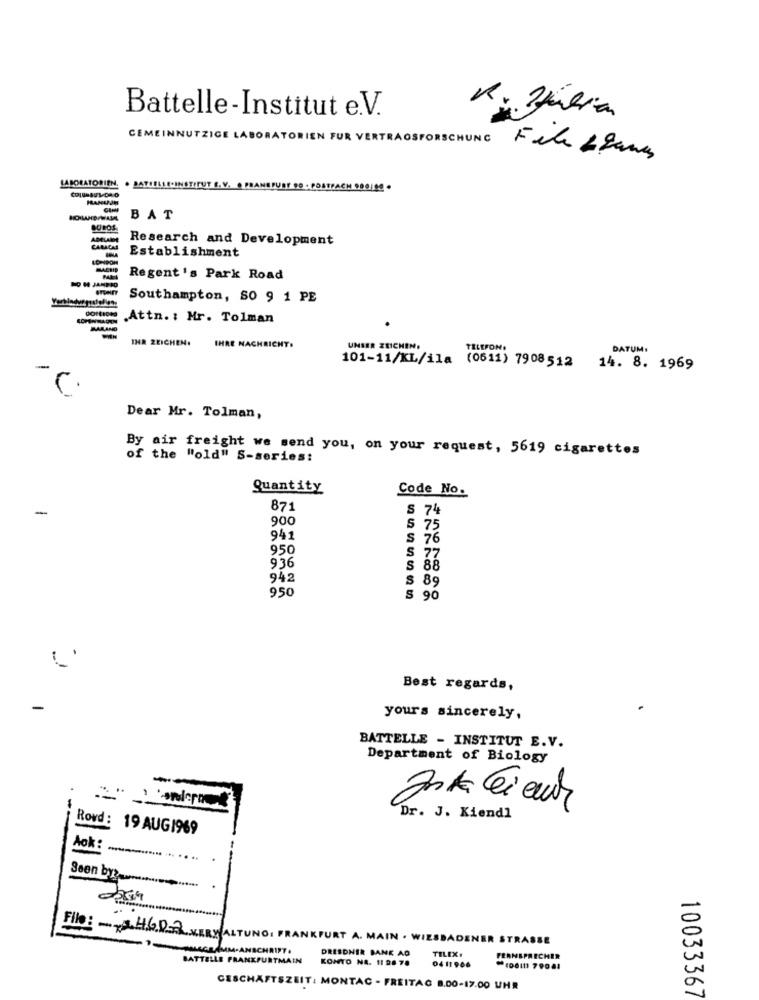
Battelle-Institut e.V.
GEMEINNUTZIGE LABORATORIEN FUR VERTRAGSFORSCHUNG Fele & games
LABORATORIEN.
. BATIELLE-INSTITUT E.V. . FRANKFURT 90 . POSTFACH 900100 .
BAT
AMLA
Research and Development
CARICA
Establishment
Regent's Park Road
Southampton, SO 9 1 PE
Attn. : Mr. Tolman
MARANO
IHR ZEICHEN.
IHRE NACHRICHT.
UNSER ZEICHEN.
TELEFON:
DATUM:
101-11/KL/ila (0611) 7908512 14. 8. 1969
Dear Mr. Tolman,
By air freight we send you, on your request, 5619 cigarettes
of the "old" S-series:
Quantity
Code No.
-
871
S 74
900
$ 75
941
S 76
950
S 77
936
$ 88
942
$ 89
950
S 90
Best regards,
yours sincerely,
BATTELLE - INSTITUT E.V.
Department of Biology
-
Jak Cieur
Rovd :
Dr. J. Kiendl
19 AUG1969
Aok :
Seen by
File: 4602 ALTUNG: FRANKFURT A. MAIN . WIESBADENER STRASSE
-ANSCHRIFT.
DRESDNER BANK AO
TILIX.
BATTELLE FRANKFURTMAIN
KONTO NA. 11 98 78
FERNSPRECHER
04 11906
-106111 79084
GESCHÄFTSZEIT: MONTAC - FREITAG 8.00-17.00 UHR
10033367